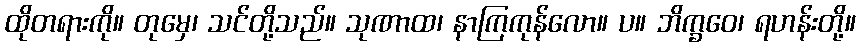
ထိုတရားကို။ တုမှေ၊ သင်တို့သည်။ သုဏာထ၊ နာကြကုန်လော။ ပ။ ဘိက္ခဝေ၊ ရဟန်းတို့။